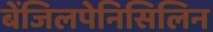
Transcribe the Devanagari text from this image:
बेंजिलपेनिसिलिन